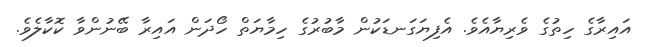
އައިރާގެ ހިތުގެ ވެރިޔާއެވެ. އެފިޔަގަނޑަކުން މާބުރުގެ ހިމާޔަތް ހޯދަން އައިރާ ބޭނުންވާ ކޮކާލެވެ.